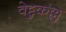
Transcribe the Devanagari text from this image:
वेट्टुकल्लु